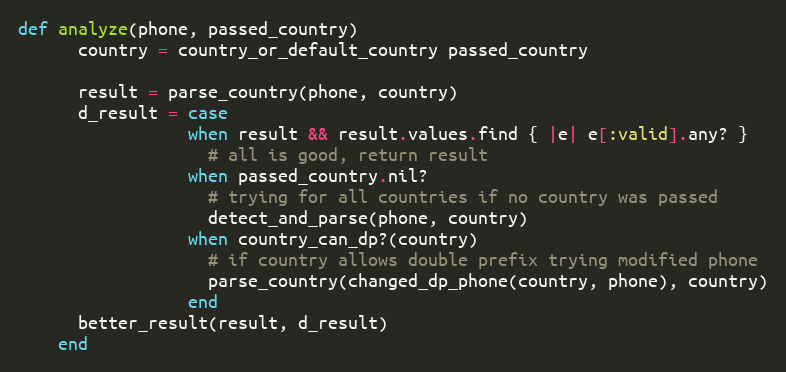
Language: Ruby
def analyze(phone, passed_country)
      country = country_or_default_country passed_country

      result = parse_country(phone, country)
      d_result = case
                 when result && result.values.find { |e| e[:valid].any? }
                   # all is good, return result
                 when passed_country.nil?
                   # trying for all countries if no country was passed
                   detect_and_parse(phone, country)
                 when country_can_dp?(country)
                   # if country allows double prefix trying modified phone
                   parse_country(changed_dp_phone(country, phone), country)
                 end
      better_result(result, d_result)
    end